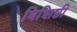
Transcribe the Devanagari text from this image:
विशिष्ठी